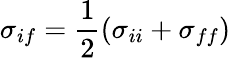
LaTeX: \sigma_{if}=\frac{1}{2}(\sigma_{ii}+\sigma_{ff})